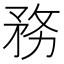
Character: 務